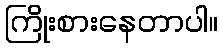
ကြိုးစားနေတာပါ။